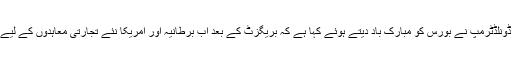
امریکی صدر ڈونلڈٹرمپ نے بورس کو مبارک باد دیتے ہوئے کہا ہے کہ بریگزٹ کے بعد اب برطانیہ اور امریکا نئے تجارتی معاہدوں کے لیے آزاد ہوں گے۔